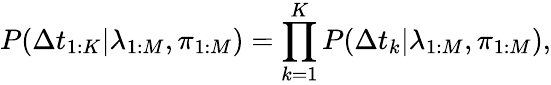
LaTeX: P(\Delta t_{1:K}|\lambda_{1:M},\pi_{1:M})=\prod_{k=1}^{K}P(\Delta t_{k}|\lambda_{1:M},\pi_{1:M}),